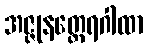
အဇ္ဇုနတ္ထေရဂါထာ